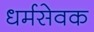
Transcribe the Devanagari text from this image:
धर्मसेवक